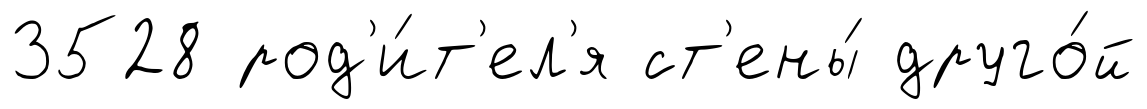
3528 род'и́т'ел'я ст'ены́ друго́й